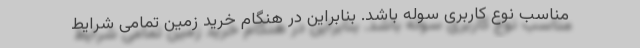
مناسب نوع کاربری سوله باشد. بنابراین در هنگام خرید زمین تمامی شرایط